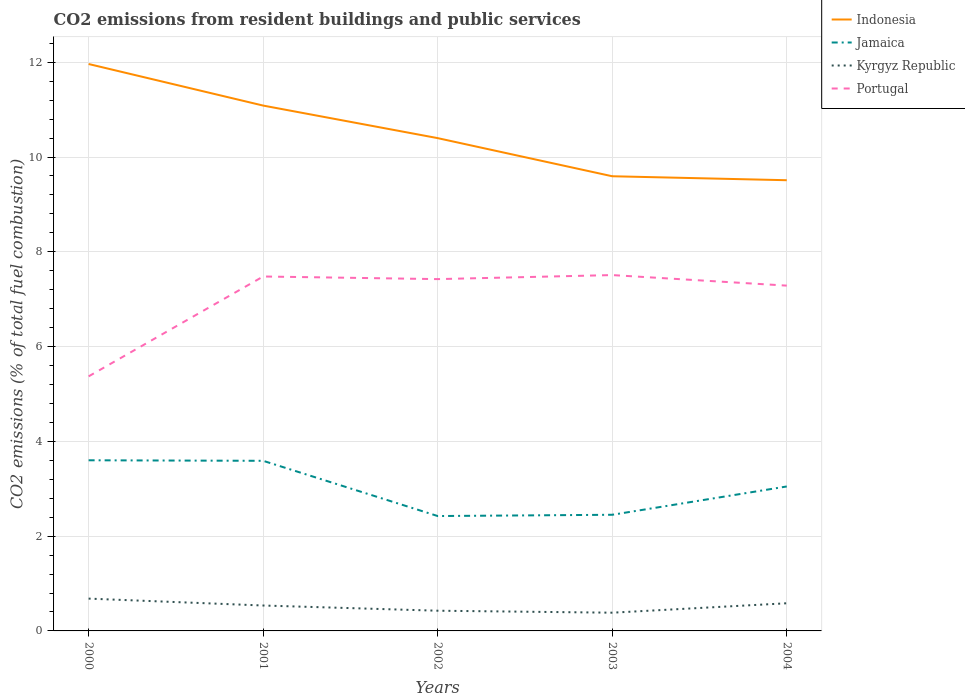
| Years | Indonesia | Jamaica | Kyrgyz Republic | Portugal |
 | --- | --- | --- | --- | --- |
 | 2000 | 12 | 3.6 | 0.682 | 5.37 |
 | 2001 | 11.1 | 3.59 | 0.536 | 7.48 |
 | 2002 | 10.4 | 2.42 | 0.426 | 7.42 |
 | 2003 | 9.59 | 2.45 | 0.385 | 7.51 |
 | 2004 | 9.51 | 3.05 | 0.584 | 7.29 |